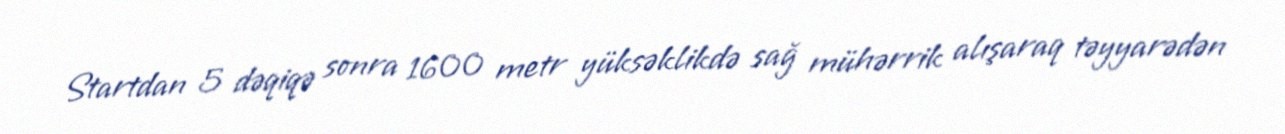
Startdan 5 dəqiqə sonra 1600 metr yüksəklikdə sağ mühərrik alışaraq təyyarədən